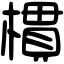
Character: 樌